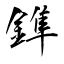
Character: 鎨